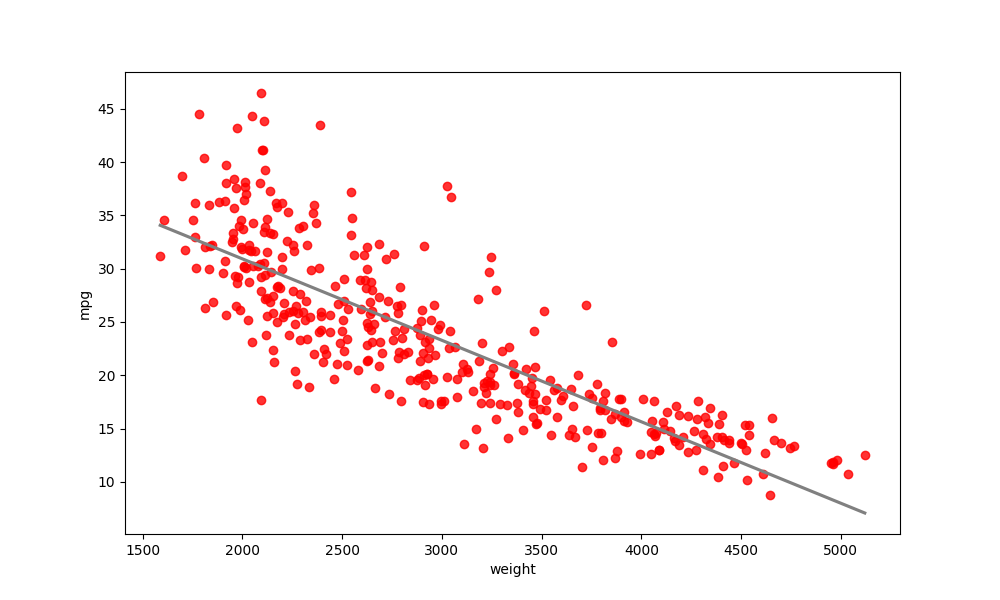
python, seaborn, regplot, order=1, ci=None, scatter_color=red, line_color=gray